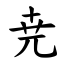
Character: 尭